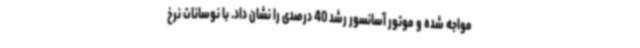
مواجه شده و موتور آسانسور رشد 40 درصدی را نشان داد. با نوسانات نرخ